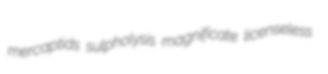
mercaptids sulpholysis magnificate licenseless